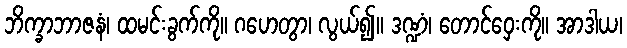
ဘိက္ခာဘာဇနံ၊ ထမင်းခွက်ကို။ ဂဟေတွာ၊ လွယ်၍။ ဒဏ္ဍံ၊ တောင်ဝှေးကို။ အာဒါယ၊